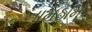
નામઠામ